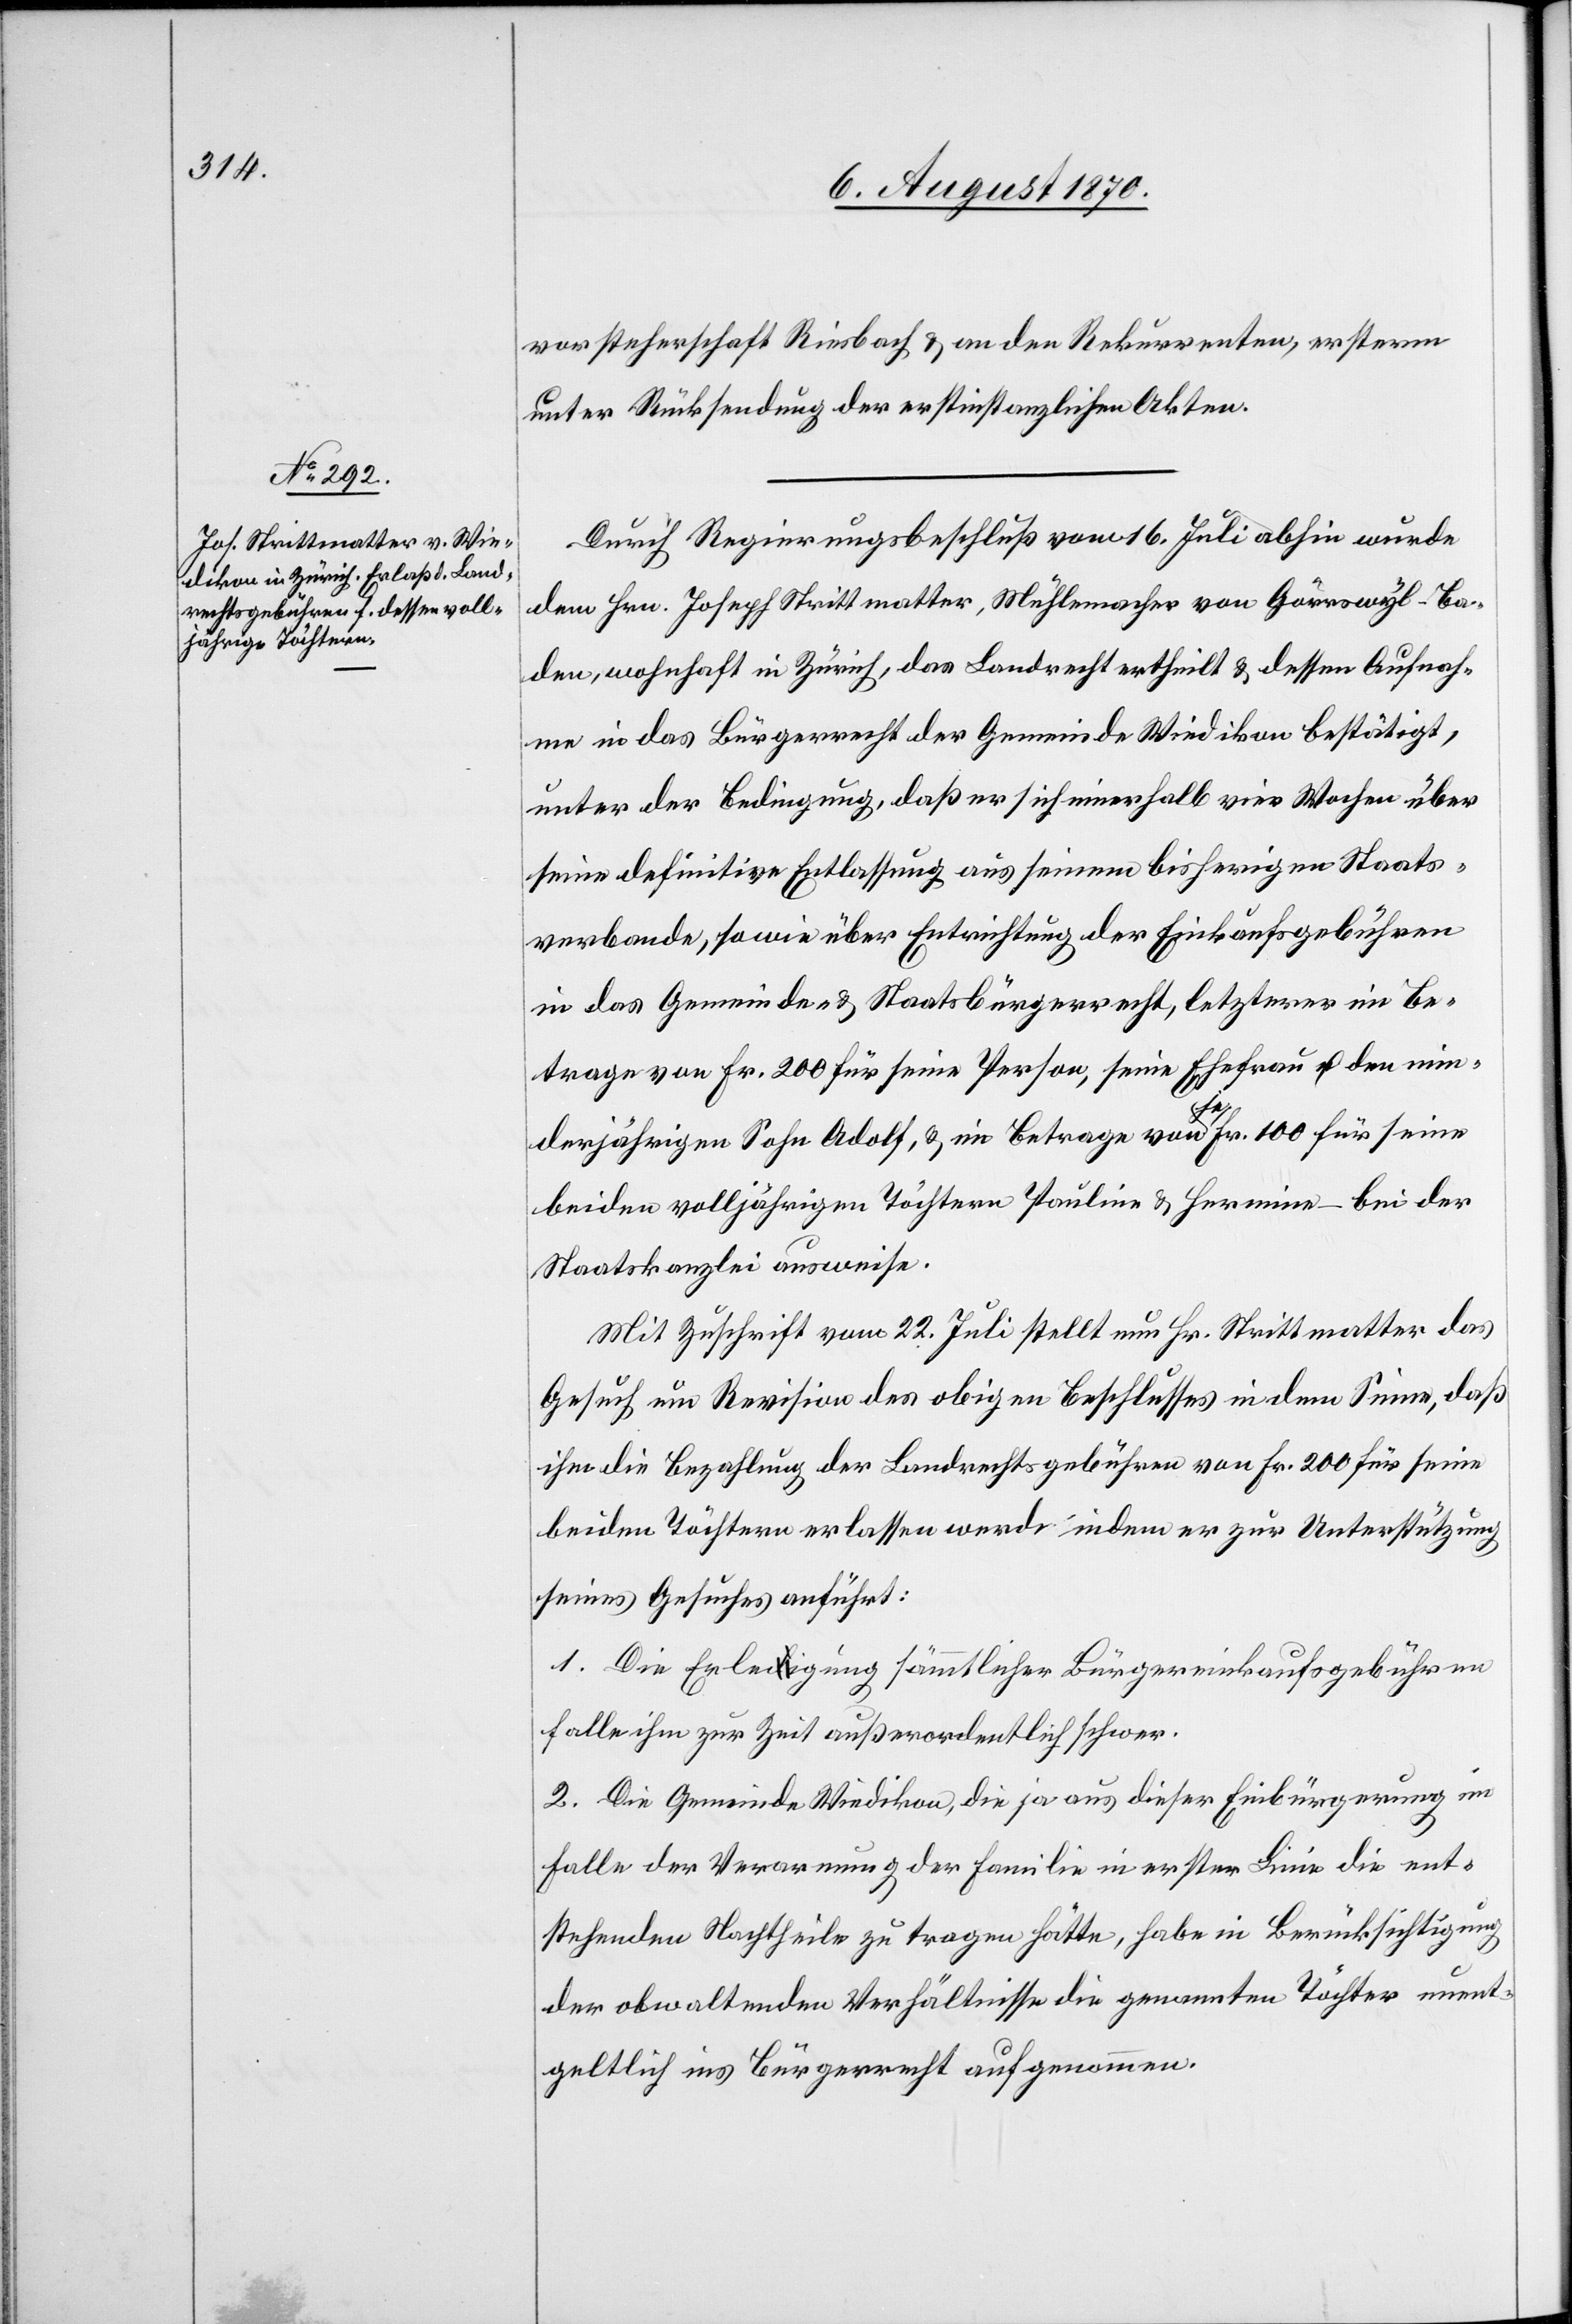
vorsteherschaft Riesbach & an den Rekurrenten, ersterm
unter Rücksendung der erstinstanzlichen Akten.
Durch Regierungsbeschluß vom 16. Juli abhin wurde
dem Hrn. Joseph Strittmatter, Mühlemacher von Görrswyl - Ba¬
den, wohnhaft in Zürich, das Landrecht ertheilt & dessen Aufnah¬
me in das Bürgerrecht der Gemeinde Wiedikon bestätigt,
unter der Bedingung, daß er sich innerhalb vier Wochen über
seine definitive Entlassung aus seinem bisherigen Staats¬
verbande, sowie über Entrichtung der Einkaufsgebühren
in das Gemeinde- & Staatsbürgerrecht, letzterer im Be¬
trage von Fr. 200 für seine Person, seine Ehefrau & den min¬
derjährigen Sohn Adolf, & im Betrage von a-je-a Fr. 100 für seine
beiden volljährigen Töchtern [sic!] Pauline & Hermine – bei der
Staatskanzlei ausweise.
Mit Zuschrift vom 22. Juli stellt Hr. Strittmatter das
Gesuch um Revision des obigen Beschlusses in dem Sinne, daß
ihm die Bezahlung der Landrechtsgebühren von Fr. 200 für seine
beiden Töchtern erlassen werde – indem er zur Unterstützung
seines Gesuches anführt:
falle ihm zur Zeit außerordentlich schwer.
2. Die Gemeinde Wiedikon, die ja aus dieser Einbürgerung im
1.
Falle der Verarmung der Familie in erster Linie die ent¬
sprechenden Nachtheile zu tragen hätte, habe in Berücksichtigung
der obwaltenden Verhältnisse die genannten Töchter unent¬
geltlich ins Bürgerrecht aufgenommen.